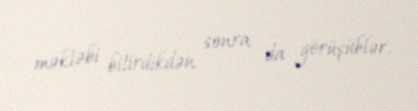
məktəbi bitirdikdən sonra da görüşüblər.